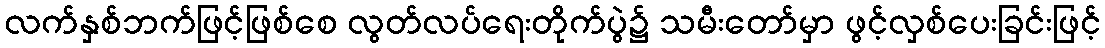
လက်နှစ်ဘက်ဖြင့်ဖြစ်စေ လွတ်လပ်ရေးတိုက်ပွဲ၌ သမီးတော်မှာ ဖွင့်လှစ်ပေးခြင်းဖြင့်